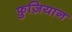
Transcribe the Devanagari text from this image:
फ़ुज़ियान